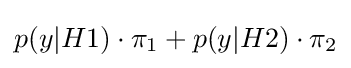
p(y|H1)\cdot \pi _{1}+p(y|H2)\cdot \pi _{2}